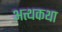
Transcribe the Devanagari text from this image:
अत्थकथा